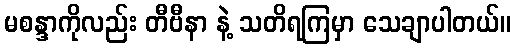
မစန္ဒာကိုလည်း တီဗီနာ နဲ့ သတိရကြမှာ သေချာပါတယ်။